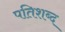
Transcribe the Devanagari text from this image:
पतिशब्द